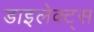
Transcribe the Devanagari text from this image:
डाइलेक्ट्स